Scottish Certificate of Education, 1963
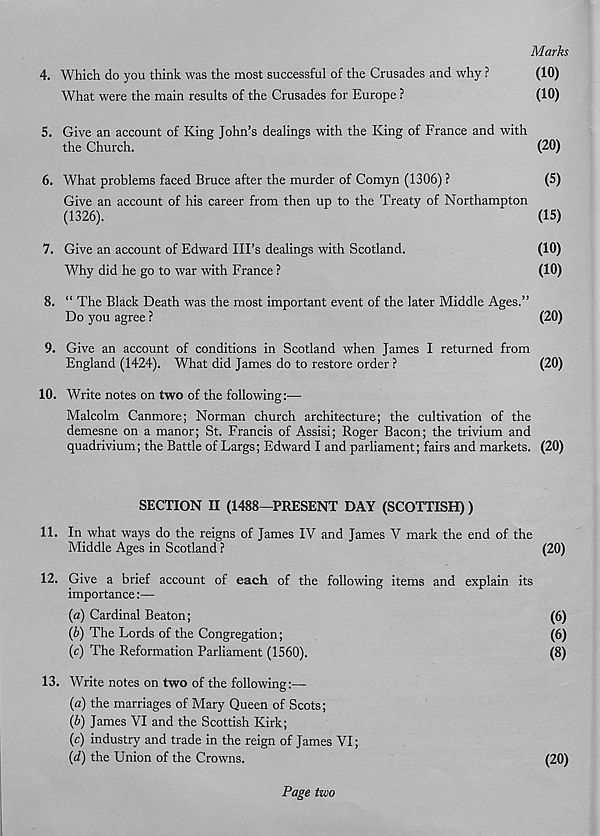
Ad arks
4. Which do you think was the most successful of the Crusades and why ?
(10)
What were the main results of the Crusades for Europe ?
(10)
5. Give an account of King John’s dealings with the King of France and with
the Church.
(20)
6. What problems faced Bruce after the murder of Comyn (1306) ?
(5)
Give an account of his career from then up to the Treaty of Northampton
(1326).
(15)
7. Give an account of Edward Ill’s dealings with Scotland.
(10)
Why did he go to war with France ?
(10)
8. “ The Black Death was the most important event of the later Middle Ages.”
Do you agree ?
(20)
9. Give an account of conditions in Scotland when James I returned from
England (1424). What did James do to restore order ?
(20)
10. Write notes on two of the following:—
Malcolm Canmore; Norman church architecture; the cultivation of the
demesne on a manor; St. Francis of Assisi; Roger Bacon; the trivium and
quadrivium; the Battle of Largs; Edward I and parliament; fairs and markets. (20)
SECTION II (1488—PRESENT DAY (SCOTTISH) )
11. In what ways do the reigns of James IV and James V mark the end of the
Middle Ages in Scotland ?
(20)
12. Give a brief account of each of the following items and explain its
importance:—
{a) Cardinal Beaton;
(6)
{b) The Lords of the Congregation;
(6)
(c) The Reformation Parliament (1560).
(8)
13. Write notes on two of the following:—
(a) the marriages of Mary Queen of Scots;
(b) James VI and the Scottish Kirk;
(c) industry and trade in the reign of James VI;
{d) the Union of the Crowns.
(20)
Page two